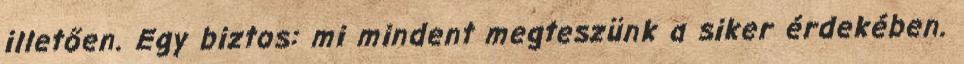
illetően. Egy biztos: mi mindent megteszünk a siker érdekében.